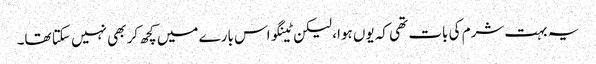
یہ بہت شرم کی بات تھی کہ یوں ہوا، لیکن ٹینگو اس بارے میں کچھ کر بھی نہیں سکتا تھا۔